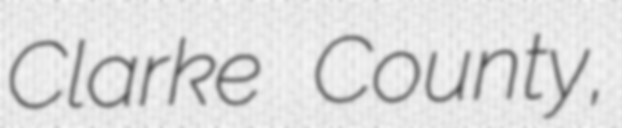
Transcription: Clarke County,